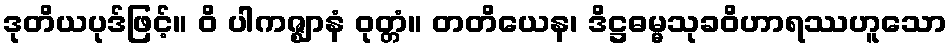
ဒုတိယပုဒ်ဖြင့်။ ဝိ ပါကဇ္ဈာနံ ဝုတ္တံ။ တတိယေန၊ ဒိဋ္ဌဓမ္မသုခဝိဟာရဿဟူသော